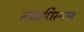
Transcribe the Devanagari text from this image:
समाधिस्थाने